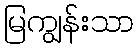
မြကျွန်းသာ